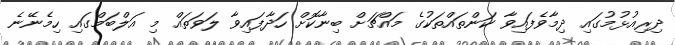
ދިރިއުޅުމުގައި ދިމާވެފައިވާ ކަންތައްތަކުގެ މައްޗަށް ބިނާކޮށް ހަދާފައިވާ ލަވަތައް މި އަލްބަމްގައި ހިމެނޭނެ